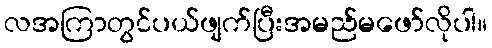
လအကြာတွင်ပယ်ဖျက်ပြီးအမည်မဖော်လိုပါ။